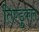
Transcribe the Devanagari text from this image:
तिण्डुकल